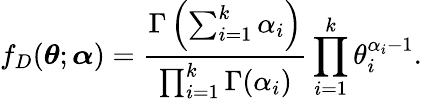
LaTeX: f_{D}(\boldsymbol{\theta};\boldsymbol{\alpha})=\frac{\Gamma\left(\sum_{i=1}^{k}\alpha_{i}\right)}{\prod_{i=1}^{k}\Gamma(\alpha_{i})}\prod_{i=1}^{k}\theta_{i}^{\alpha_{i}-1}.